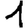
Digit: 1